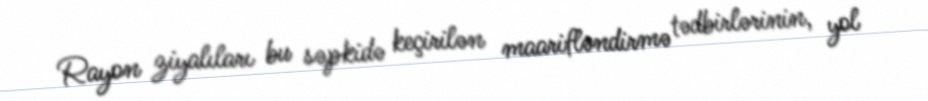
Rayon ziyalıları bu səpkidə keçirilən maarifləndirmə tədbirlərinin, yol